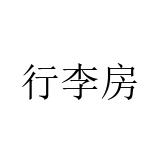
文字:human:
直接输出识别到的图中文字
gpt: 行李房